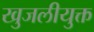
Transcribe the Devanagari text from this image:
खुजलीयुक्त